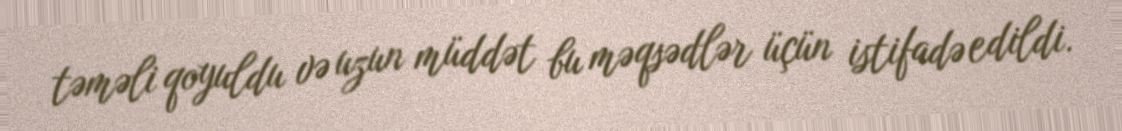
təməli qoyuldu və uzun müddət bu məqsədlər üçün istifadə edildi.